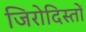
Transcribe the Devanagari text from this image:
जिरोदिस्तों